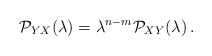
\begin{align*}{\cal P}_{YX}(\lambda)=\lambda^{n-m}{\cal P}_{XY}(\lambda)\,.\end{align*}